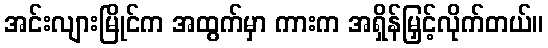
အင်းလျားမြိုင်က အထွက်မှာ ကားက အရှိန်မြှင့်လိုက်တယ်။